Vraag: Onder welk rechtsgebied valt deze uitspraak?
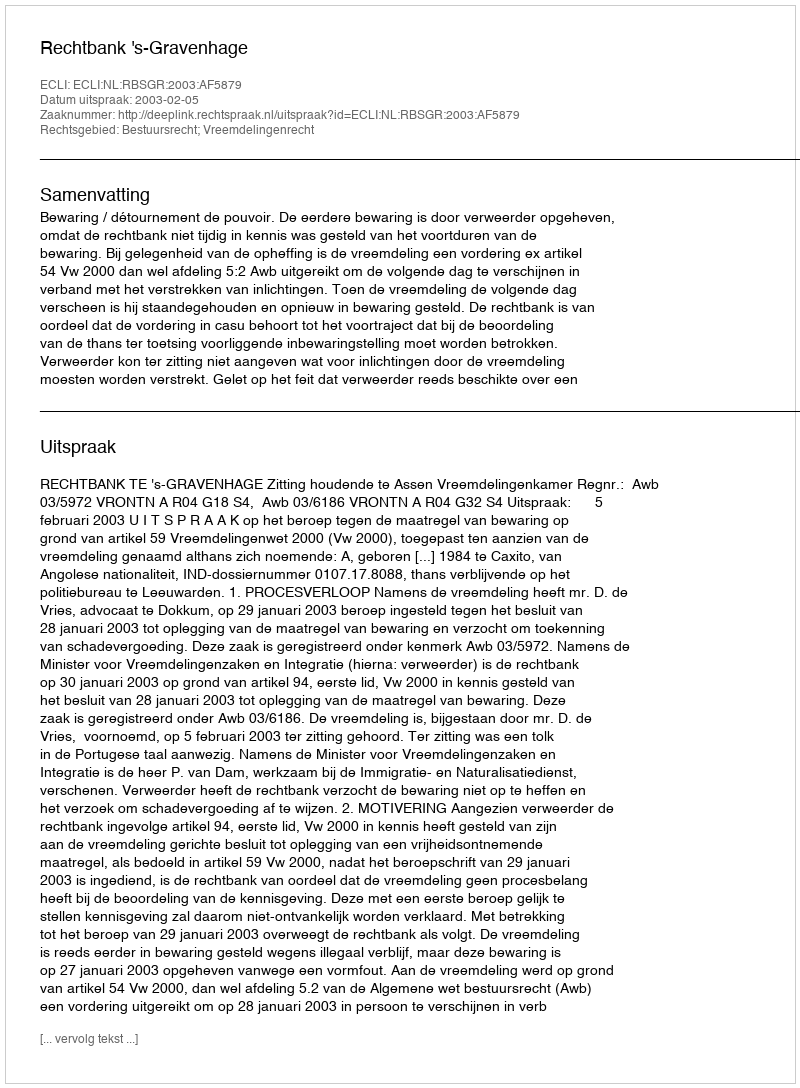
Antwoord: Bestuursrecht; Vreemdelingenrecht